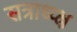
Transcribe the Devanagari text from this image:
सत्राध्य्क्ष